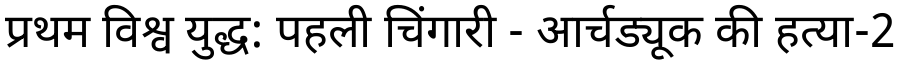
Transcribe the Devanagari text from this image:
प्रथम विश्व युद्ध: पहली चिंगारी - आर्चड्यूक की हत्या-2